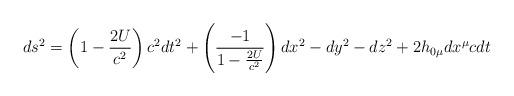
LaTeX: \begin{align*}ds^{2} = \left(1-\frac{2U}{c^{2}}\right)c^{2}dt^{2} + \left(\frac{-1}{1-\frac{2U}{c^{2}}}\right)dx^{2} -dy^{2} -dz^{2} + 2 h_{0\mu} dx^{\mu} cdt\end{align*}